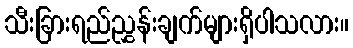
သီးခြားရည်ညွှန်းချက်များရှိပါသလား။